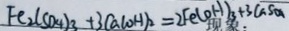
F e _ { 2 } ( S O _ { 4 } ) _ { 3 } + 3 C a ( O H ) _ { 2 } = 2 F e ( O H ) _ { 3 } + 3 C a S _ { O 4 }